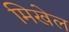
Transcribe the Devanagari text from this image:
मिखेल